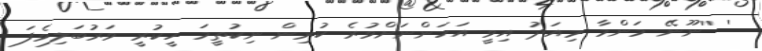
' ''ނޫނޭ މަންމާ މިއަދު އިވީ އަހަންނަށްވުރެ ކުރިން ނިކުތީމަ ހީކުރީ ވަރުބަލިވެފަ